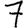
Digit: 7